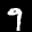
Label: 9